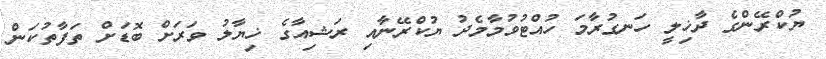
ޔުކްރޭންގެ ދާޚިލީ ހަނގުރާމަ ހުއްޓުވުމާމެދު ޔުކްރޭނާއި ރަޝިއާގެ ޚިޔާލު ވަރަށް ބޮޑަށް ތަފާތުކަން